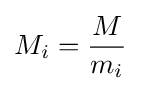
M_{i}={\frac {M}{m_{i}}}